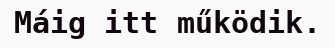
Máig itt működik.